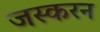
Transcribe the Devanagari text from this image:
जस्करन